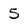
Character: 5